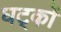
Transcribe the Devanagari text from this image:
घट्कों